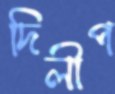
দিলীপ